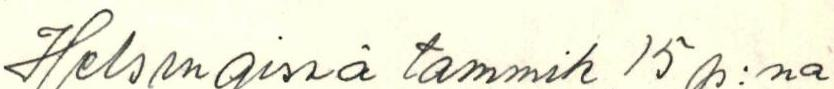
Helsingissä tammik 15 p:na